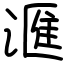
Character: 滙